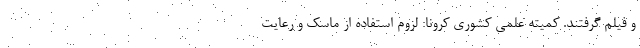
و فیلم گرفتند. کمیته علمی کشوری کرونا: لزوم استفاده از ماسک و رعایت